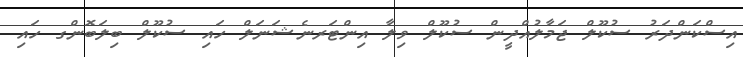
އިސްކަންދަރު ސުކޫލް ޖަމާލުއްދީން ސުކޫލް ވިލާ އިންޓަރނެޝަނަލް ހައި ސުކޫލް ބިލަބޮންގ ހައި